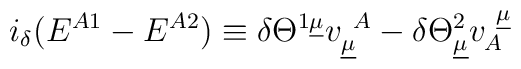
i_\delta  (E^{A1} - E^{A2})\equiv  \delta {\Theta}^{1\underline{\mu}} v^{~A}_{\underline{\mu}} -  \delta {\Theta}^2_{\underline{\mu}} v_{A}^{~\underline{\mu}}